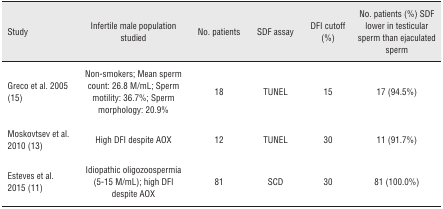
| Study | Infertile male population studied | No. patients | SDF assay | DFI cutoff (%) | No. patients (%) SDF lower in testicular sperm than ejaculated sperm |
 | --- | --- | --- | --- | --- | --- |
 | Greco et al. 2005 (15) | Non-smokers; Mean sperm count: 26.8 M/mL; Sperm motility: 36.7%; Sperm morphology: 20.9% | 18 | TUNEL | 15 | 17 (94.5%) |
 | Moskovtsev et al. 2010 (13) | High DFI despite AOX | 12 | TUNEL | 30 | 11 (91.7%) |
 | Esteves et al. 2015 (11) | Idiopathic oligozoospermia (5-15 M/mL); high DFI despite AOX | 81 | SCD | 30 | 81 (100.0%) |